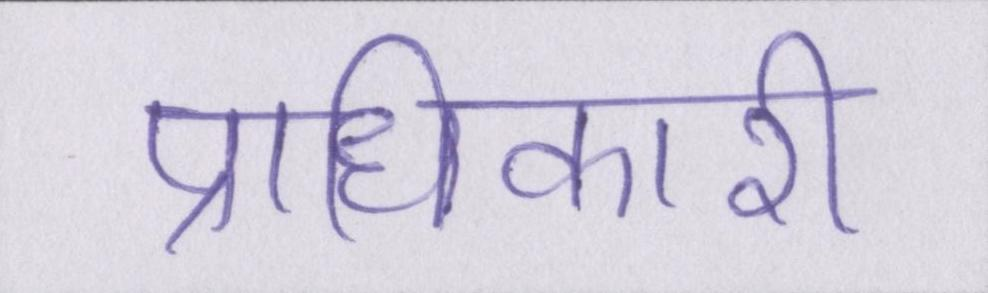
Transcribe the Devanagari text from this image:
प्राधिकारी